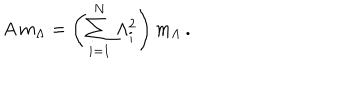
A \, m _ { \Lambda } = \left( \sum _ { i = 1 } ^ { N } \Lambda _ { i } ^ { 2 } \right) m _ { \Lambda } \, .